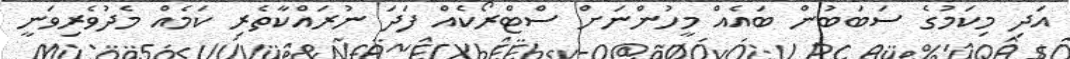
އަދި މިކަމުގެ ސަބަބުން ބައެއް މީހުންނަށް ސްޓްރޯކެއް ފަދަ ނުރައްކާތެރި ކަމެއް މެދުވެރިވަނީ